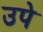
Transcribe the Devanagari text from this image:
उपे